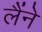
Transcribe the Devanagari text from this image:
लैंने